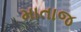
માતાજ